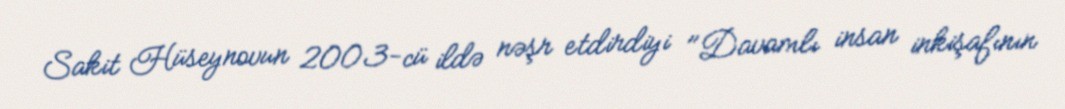
Sakit Hüseynovun 2003-cü ildə nəşr etdirdiyi "Davamlı insan inkişafının